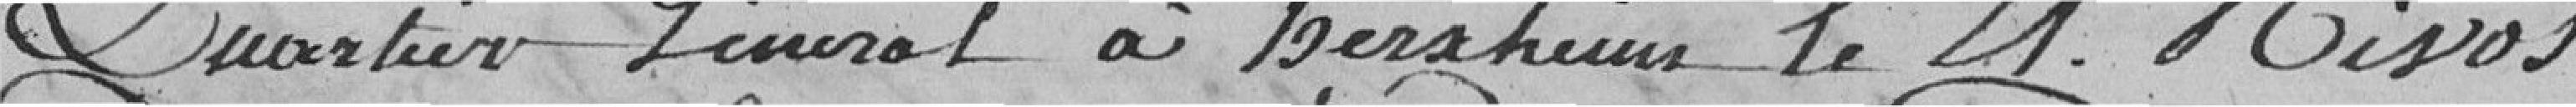
Quartier Général à Herxheim le 21. nivose